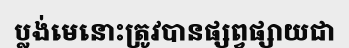
ប្លង់មេនោះត្រូវបានផ្សព្វផ្សាយជា